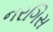
નરગિસ